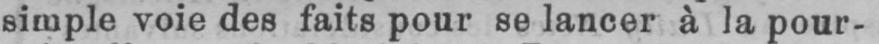
simple voie des faits pour se lancer à la pour-